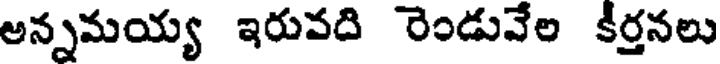
అన్నమయ్య ఇరువది రెండువేల కీర్తనలు